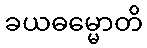
ခယဓမ္မောတိ